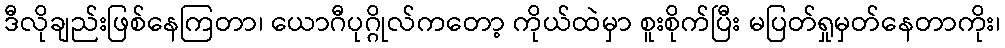
ဒီလိုချည်းဖြစ်နေကြတာ၊ ယောဂီပုဂ္ဂိုလ်ကတော့ ကိုယ်ထဲမှာ စူးစိုက်ပြီး မပြတ်ရှုမှတ်နေတာကိုး၊